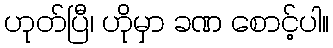
ဟုတ်ပြီ၊ ဟိုမှာ ခဏ စောင့်ပါ။